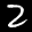
Label: 2